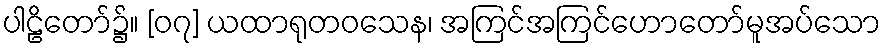
ပါဠိတော်၌။ [၀၇] ယထာရုတဝသေန၊ အကြင်အကြင်ဟောတော်မူအပ်သော